Vaccination in the Punjab 1919-1929 - 1919-1929
Year: 1919
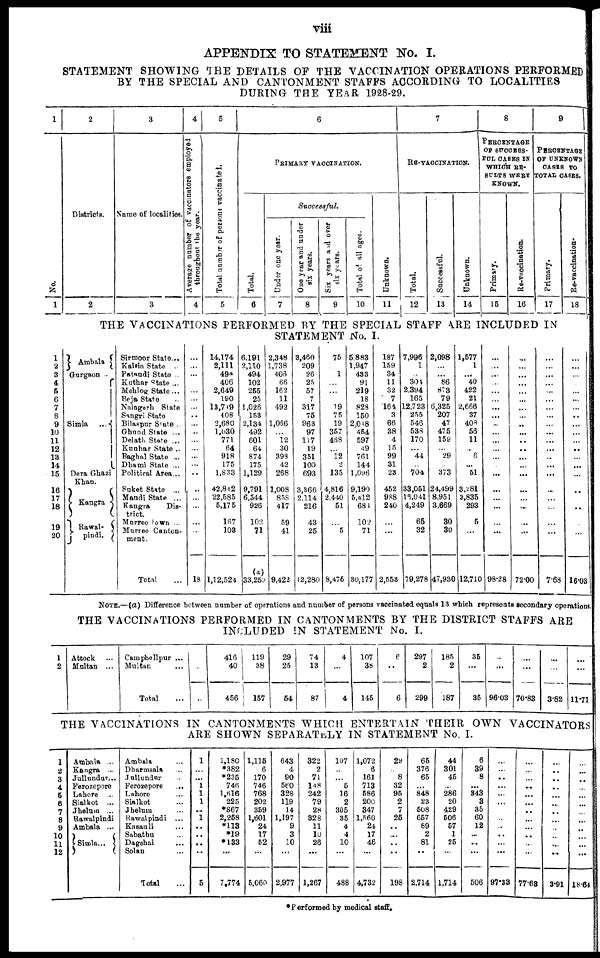
viii
APPENDIX TO STATEMENT No. I.
STATEMENT SHOWING THE DETAILS OF THE VACCINATION OPERATIONS PERFORMED
BY THE SPECIAL AND CANTONMENT STAFFS ACCORDING TO LOCALITIES
DURING THE YEAR 1928-29.
1
No.
1
2
Districts.
2
3
Name of localities.
3
4
Average number of vaccinators employed
throughout the year.
4
5
Total number of persons vaccinated.
5
6
PRIMARY VACCINATION.
Total.
6
Successful.
Under one year.
7
One year and under
six years.
8
Six years and over
six years.
9
Total of all ages.
10
Unknown.
11
7
RE-VACCINATION.
Total.
12
Successful.
13
Unknown.
14
8
PERCENTAGE
OF SUCCESS¬
FUL CASES IN
WHICH RE¬
SULTS WERE
KNOWN.
Primary.
15
Re-vaccination.
16
9
PERCENTAGE
OF UNKNOWN
CASES TO
TOTAL CASES.
Primary.
17
Re-vaccination.
18
THE VACCINATIONS PERFORMED BY THE SPECIAL STAFF ARE INCLUDED IN
STATEMENT No. I.
1
2
3
4
5
6
7
8
9
10
11
12
13
14
15
16
17
18
19
20
Ambala
Gurgaon
Simla
...
Dera Ghazi
Khan.
Kangra
Rawal¬
pindi.
Sirmoor State ...
Kalsia State ...
Pataudi State ...
Kuthar State ...
Mehlog State ...
Beja State ...
Nalagarh State ...
Sangri State ...
Bilaspur State ...
Ghund State ...
Delath State ...
Kunhar State ...
Baghal State ...
Dhami State ...
Political Area ...
Suket State ...
Mandi State ...
Kangra Dis¬
trict ...
Murree town ...
Murree Canton-
ment. ...
Total ...
...
...
...
...
...
...
...
...
...
...
...
...
...
...
...
...
...
...
...
...
18
14,174
2,111
494
406
2,649
180
13,749
408
2,680
1,030
771
64
918
175
1,833
42,842
22,585
5,175
167
103
1,12,524
6,191
2,110
494
102
255
25
1,026
153
2,134
492
601
64
874
175
1,129
9,791
6,544
926
102
71
(a)
33,259
2,348
1,738
406
66
162
11
492
1,066
12
30
398
42
268
1,008
858
417
59
41
9,422
3,460
209
26
25
57
7
317
75
963
97
117
19
351
100
693
3,366
2,114
216
43
25
12,280
75
...
1
...
...
...
19
75
19
357
468
...
12
2
135
4,816
2,440
51
...
5
8,475
5,883
1,947
433
91
219
18
828
150
2,018
454
597
49
761
144
1,096
9,190
5,412
681
102
71
30,177
187
159
34
11
32
7
164
3
66
38
4
15
99
31
23
452
988
240
...
...
2,553
7,996
1
...
304
2,394
165
12,723
255
546
538
170
...
44
...
704
33,051
16,041
4,249
65
32
79,278
2,098
...
...
86
873
79
6,325
207
47
475
159
...
29
...
373
24,499
8,951
3,669
30
30
47,930
1,577
1
...
40
422
21
2,666
37
408
56
11
...
6
...
51
3,281
3,835
293
5
...
12,710
...
...
...
...
...
...
...
...
...
...
...
...
...
...
...
...
...
...
...
98.28
...
...
...
...
...
...
...
...
...
...
...
...
...
...
...
...
...
....
...
...
72.00
...
...
...
...
...
...
...
...
...
...
...
...
...
...
...
...
...
...
7.68
...
...
...
...
...
...
...
...
...
...
...
...
...
...
...
...
...
...
...
...
16.03
NOTE.—(a) Difference between number of operations and number of persons vaccinated equals 13 which represents secondary operations.
THE VACCINATIONS PERFORMED IN CANTONMENTS BY THE DISTRICT STAFFS ARE
INCLUDED IN STATEMENT No. I.
1
2
Attock ...
Multan ...
Campbellpur ...
Multan ...
Total ...
...
...
...
416
40
456
119
38
157
29
25
54
74
13
87
4
4
107
38
145
6
6
297
2
299
185
2
187
35
...
35
...
...
96.03
...
...
70.83
...
...
3.82
...
...
11.71
THE VACCINATIONS IN CANTONMENTS WHICH ENTERTAIN THEIR OWN VACCINATORS
ARE SHOWN SEPARATELY IN STATEMENT No I.
1
2
3
4
5
6
7
8
9
10
11
12
Ambala ...
Kangra ...
Jullundur ...
Ferozepore
Lahore ...
Sialkot ...
Jhelum ...
Rawalpindi
Ambala ...
Simla ...
Ambala ...
Dharmsala ...
Jullundur ...
Ferozepore
...
Lahore ...
Sialkot ...
Jhelum ...
Rawalpindi ...
Kasauli ...
Sabathu ...
Dagshai
...
Solan ...
Total ...
1
...
...
1
1
1
...
1
...
...
...
...
5
1,180
*382
*235
746
1,616
225
*867
2,258
*113
*19
*133
...
7,774
1,115
6
170
746
768
202
359
1,601
24
17
52
...
5,060
643
4
90
560
328
119
14
1,197
9
3
10
...
2,977
322
2
71
148
242
79
28
328
11
10
26
...
1,267
107
...
...
5
16
2
305
35
4
4
10
...
488
1,072
6
161
713
586
200
347
1,560
24
17
46
...
4,732
29
...
8
32
95
2
7
25
...
...
...
...
198
65
376
65
...
848
23
508
657
89
2
81
...
2,714
44
301
45
...
286
20
429
506
57
1
25
...
1,714
6
39
8
...
343
3
35
60
12
...
...
...
506
...
...
...
...
...
...
...
...
...
...
...
...
97.33
...
...
...
...
...
...
...
...
...
...
...
...
77.63
...
...
...
...
...
...
...
...
...
...
...
...
3.91
...
...
...
...
...
...
...
...
...
...
...
...
18.64
* Performed by medical staff.